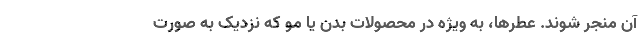
آن منجر شوند. عطرها، به ویژه در محصولات بدن یا مو که نزدیک به صورت